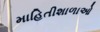
માહિતીશાળાઓ